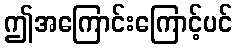
ဤအကြောင်းကြောင့်ပင်